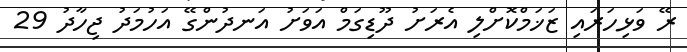
ރޭ ވަޅިހަރައި ޒަޚަމްކޮށްލި އެރަށު ދޫޑިގަމް އަވަށު އަނދުންގޭ އަހުމަދު ޖިހާދު 29